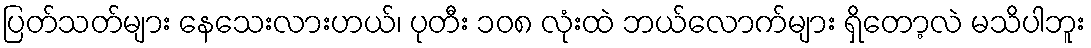
ပြတ်သတ်များ နေသေးလားဟယ်၊ ပုတီး ၁၀၈ လုံးထဲ ဘယ်လောက်များ ရှိတော့လဲ မသိပါဘူး